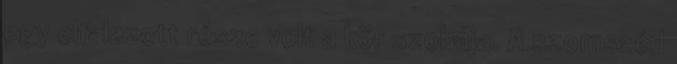
egy elfalazott része volt a kör szobája. A szomszéd